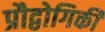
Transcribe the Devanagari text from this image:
प्रौद्वोगिकी